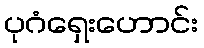
ပုဂံရှေးဟောင်း